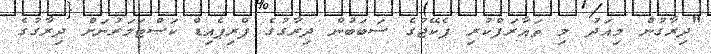
"ދިރާގުން މިއަދު މި ތައާރަފްކުރި ޕެކޭޖުގެ ސަބަބުން ދިރާގުގެ ޕްރިޕެއިޑް ކަސްޓަމަރުނަށް ދިރާގުގެ